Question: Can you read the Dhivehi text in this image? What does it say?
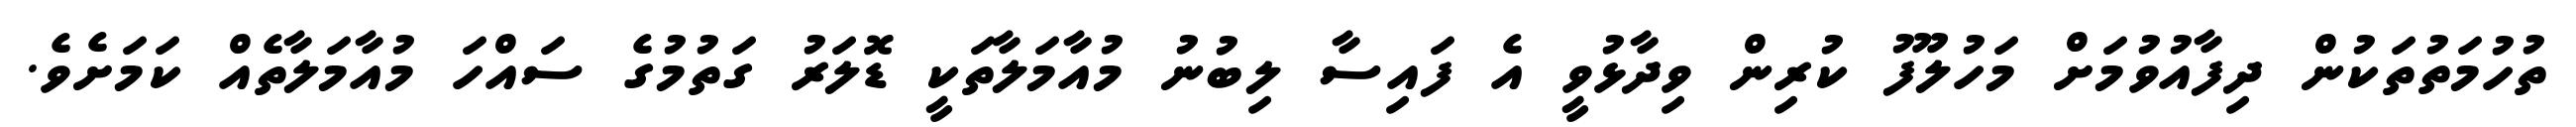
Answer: ތުހުމަތުތަކުން ދިފާއުވުމަށް މަހުލޫފު ކުރިން ވިދާޅުވީ އެ ފައިސާ ލިބުނު މުއާމަލާތަކީ ޑޮލަރު ގަތުމުގެ ސައްހަ މުއާމަލާތެއް ކަމަށެވެ.